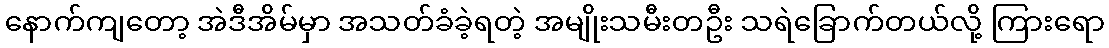
နောက်ကျတော့ အဲဒီအိမ်မှာ အသတ်ခံခဲ့ရတဲ့ အမျိုးသမီးတဦး သရဲခြောက်တယ်လို့ ကြားရော